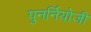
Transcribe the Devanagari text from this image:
पुनर्नियोजी